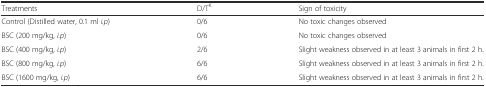
<table><thead><tr><td><b>Treatments</b></td><td><b>D/T<sup>K</sup></b></td><td><b>Sign of toxicity</b></td></tr></thead><tbody><tr><td>Control (Distilled water, 0.1 ml <i>i.p</i>)</td><td>0/6</td><td>No toxic changes observed</td></tr><tr><td>BSC (200 mg/kg, <i>i.p</i>)</td><td>0/6</td><td>No toxic changes observed</td></tr><tr><td>BSC (400 mg/kg, <i>i.p</i>)</td><td>2/6</td><td>Slight weakness observed in at least 3 animals in first 2 h.</td></tr><tr><td>BSC (800 mg/kg, <i>i.p</i>)</td><td>6/6</td><td>Slight weakness observed in at least 3 animals in first 2 h.</td></tr><tr><td>BSC (1600 mg/kg, <i>i.p</i>)</td><td>6/6</td><td>Slight weakness observed in at least 3 animals in first 2 h.</td></tr></tbody></table>